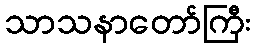
သာသနာတော်ကြီး